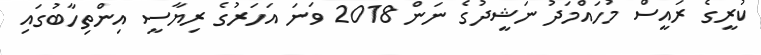
ކުރީގެ ރައީސް މުހައްމަދު ނަޝީދުގެ ނަން 2018 ވަނަ އަހަރުގެ ރިޔާސީ އިންތިހާބުގައި